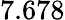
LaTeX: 7.678